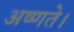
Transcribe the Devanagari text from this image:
अष्णते।